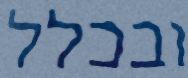
ובכלל